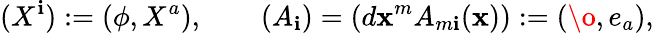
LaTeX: (X^{\mathbf{i}}):=(\phi,X^{a}),\qquad(A_{\mathbf{i}})=(d\mathbf{x}^{m}A_{m\mathbf{i}}(\mathbf{x})):=(\o,e_{a}),